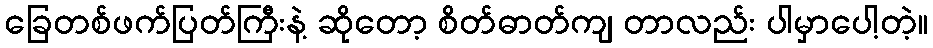
ခြေတစ်ဖက်ပြတ်ကြီးနဲ့ ဆိုတော့ စိတ်ဓာတ်ကျ တာလည်း ပါမှာပေါ့တဲ့။